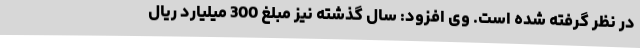
در نظر گرفته شده است. وی افزود: سال گذشته نیز مبلغ 300 میلیارد ریال